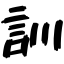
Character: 訓